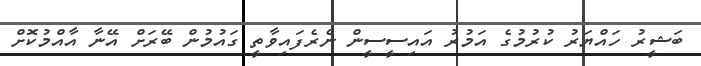
ބަޝީރު ހައްޔަރު ކުރުމުގެ އަމުރު އައިސީސީން ނެރެފައިވާތީ ގައުމުން ބޭރަށް އޭނާ އާއްމުކޮށް